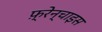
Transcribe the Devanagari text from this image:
फ़्रेन्चाइस